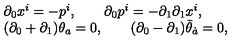
\begin{array} { l } { \partial _ { 0 } x ^ { i } = - p ^ { i } , \qquad \partial _ { 0 } p ^ { i } = - \partial _ { 1 } \partial _ { 1 } x ^ { i } , } \\ { ( \partial _ { 0 } + \partial _ { 1 } ) \theta _ { a } = 0 , \qquad ( \partial _ { 0 } - \partial _ { 1 } ) \bar { \theta } _ { \dot { a } } = 0 , } \\ \end{array}